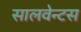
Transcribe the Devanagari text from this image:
सालवेन्टस